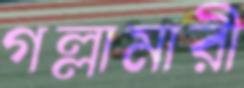
গল্লামারী